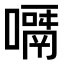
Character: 𠿎